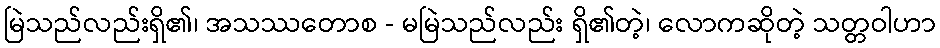
မြဲသည်လည်းရှိ၏၊ အသဿတောစ - မမြဲသည်လည်း ရှိ၏တဲ့၊ လောကဆိုတဲ့ သတ္တဝါဟာ